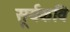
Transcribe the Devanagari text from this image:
सूर्यकवि